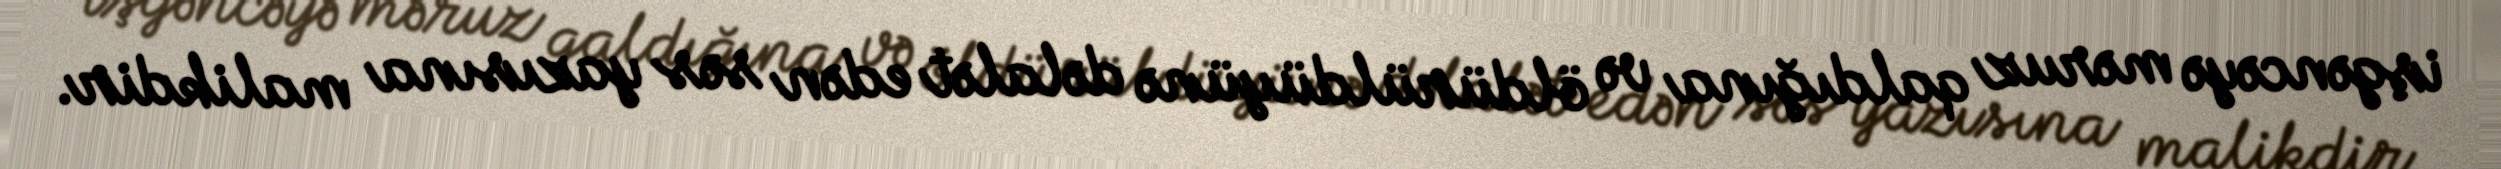
işgəncəyə məruz qaldığına və öldürüldüyünə dəlalət edən səs yazısına malikdir.